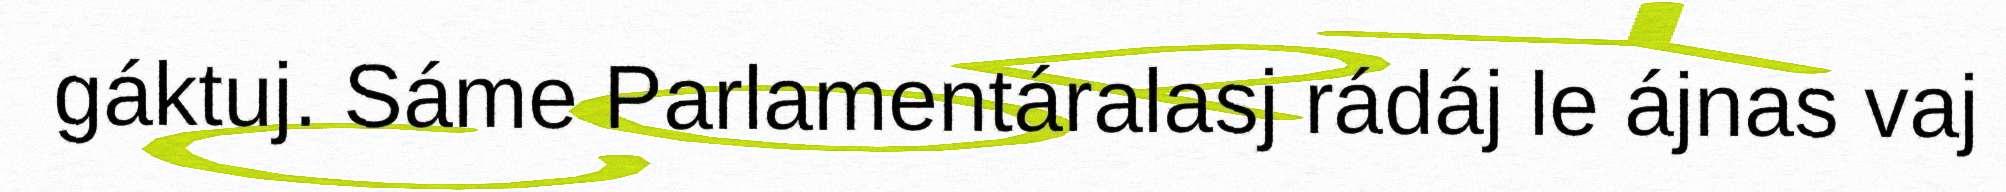
gáktuj. Sáme Parlamentáralasj rádáj le ájnas vaj